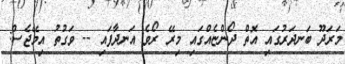
މަރަދޫ ބަނދަރުގައި އޮތް ދޯންޏެއްގައި މިރޭ ރޯވެ އަނދާފައި -- ވަގުތު އިމޭޖެސް: